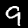
Label: 9